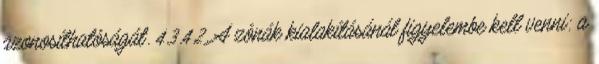
azonosíthatóságát. 4.3.4.2. A zónák kialakításánál figyelembe kell venni: a